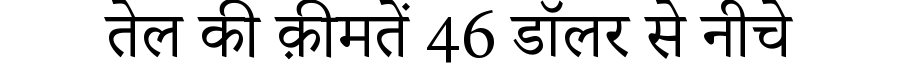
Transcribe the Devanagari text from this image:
तेल की क़ीमतें 46 डॉलर से नीचे